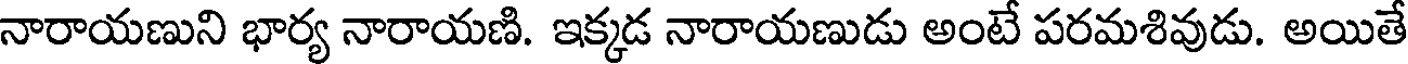
నారాయణుని భార్య నారాయణి. ఇక్కడ నారాయణుడు అంటే పరమశివుడు. అయితే